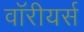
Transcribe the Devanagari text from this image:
वॉरीयर्स